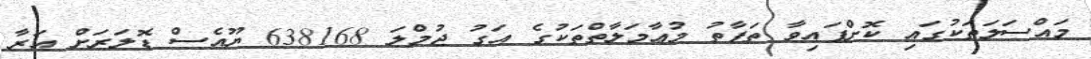
މައްސަލަތަކުގައި ކޮށްފައިވާ ތަފާތު މުޢާމަލާތްތަކުގެ އަގު ޖުމްލަ 638168 ޔޫއެސް ޑޮލަރަށް އަރާ